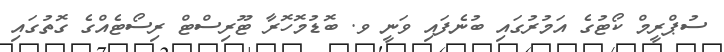
ސުޕްރީމް ކޯޓުގެ އަމުރުގައި ބުނެފައި ވަނީ ވ. ބޮޑުމޮހޮރާ ޓޫރިސްޓް ރިސޯޓެއްގެ ގޮތުގައި